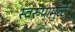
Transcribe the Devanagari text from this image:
स्वरुपामुळे